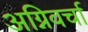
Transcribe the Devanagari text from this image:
अग्निवर्चा